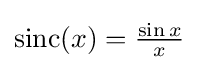
\operatorname {sinc} (x)={\tfrac {\sin x}{x}}